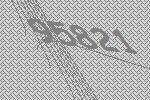
95821